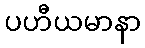
ပဟီယမာနာ